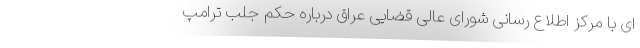
ای با مرکز اطلاع رسانی شورای عالی قضایی عراق درباره حکم جلب ترامپ